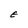
Character: E